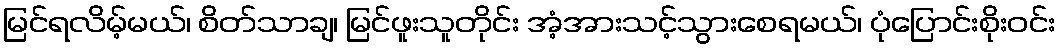
မြင်ရလိမ့်မယ်၊ စိတ်သာချ၊ မြင်ဖူးသူတိုင်း အံ့အားသင့်သွားစေရမယ်၊ ပုံပြောင်းစိုးဝင်း